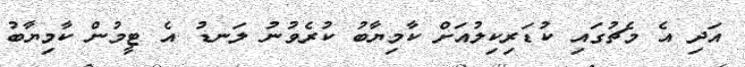
އަދި އެ މެޗުގައި ކުޑަރިކިލުއަށް ކާމިޔާބު ކުރެވުނު ލަނޑު އެ ޓީމުން ކާމިޔާބު